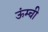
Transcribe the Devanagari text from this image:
ऊंम्ची